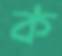
ক